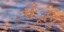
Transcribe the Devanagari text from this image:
पँूछ